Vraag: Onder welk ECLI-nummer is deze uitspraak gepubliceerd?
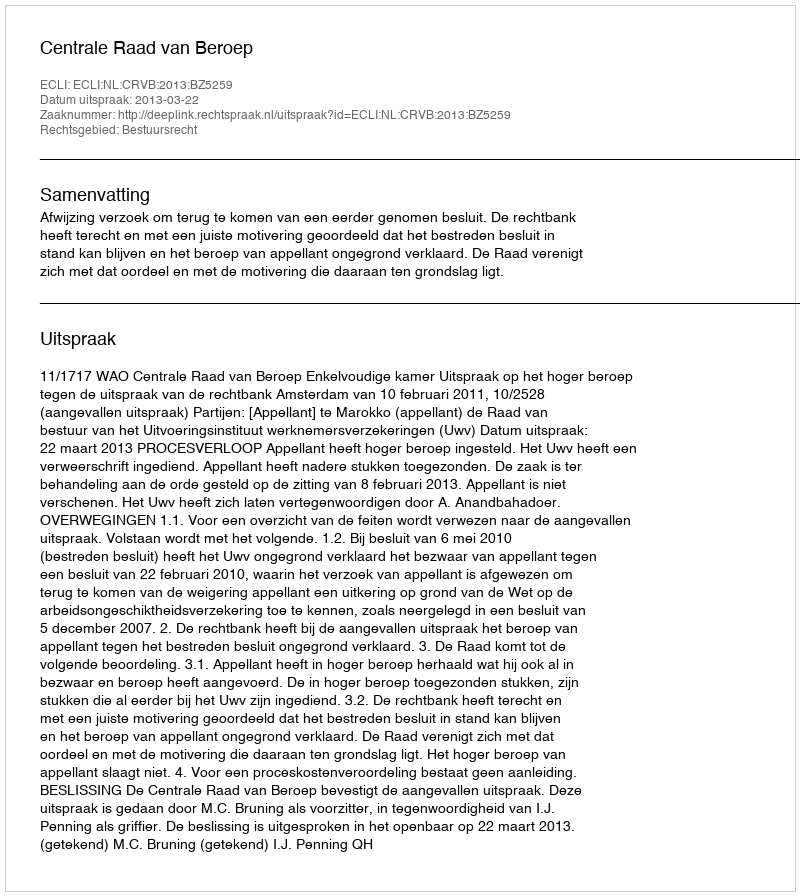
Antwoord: ECLI:NL:CRVB:2013:BZ5259